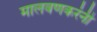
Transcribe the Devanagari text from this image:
मालवणकरंनी